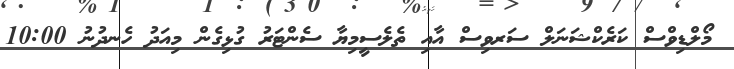
މޯލްޑިވްސް ކަރެކްޝަނަލް ސަރވިސް އާއި ތެލެސީމިޔާ ސެންޓަރު ގުޅިގެން މިއަދު ހެނދުނު 10:00